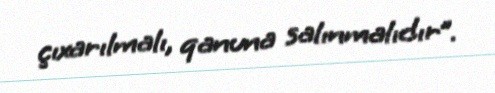
çıxarılmalı, qanuna salınmalıdır”.